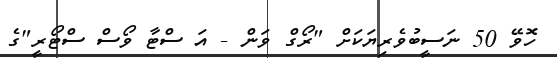
ހޮވޭ 50 ނަސީބުވެރިޔަކަށް "ރޯގް ވަން - އަ ސްޓާ ވޯސް ސްޓޯރީ"ގެ